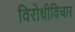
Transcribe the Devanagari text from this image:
विरोधीविचार